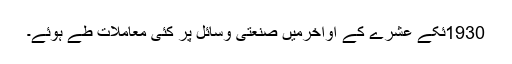
1930ئکے عشرے کے آواخرمیں صنعتی وسائل پر کئی معاملات طے ہوئے۔